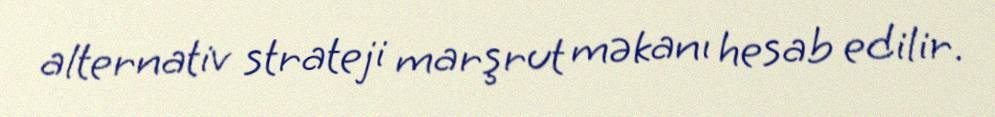
alternativ strateji marşrut məkanı hesab edilir.